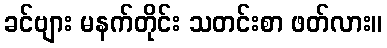
ခင်ဗျား မနက်တိုင်း သတင်းစာ ဖတ်လား။